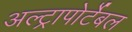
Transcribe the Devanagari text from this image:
अल्ट्रापोर्टेबल